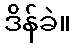
ဒိန်ခဲ။